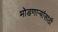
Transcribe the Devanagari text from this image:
मोडणाऱ्यांसाठी